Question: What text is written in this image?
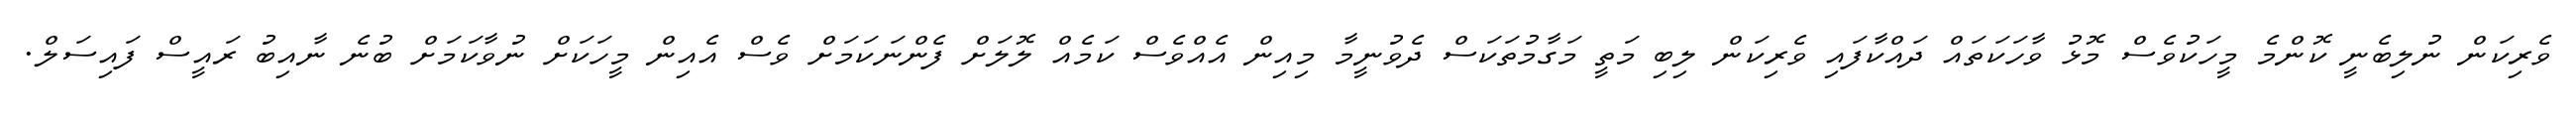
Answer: ވެރިކަން ނުލިބެނީ ކޮންމެ މީހަކުވެސް މޮޅު ވާހަކަތައް ދައްކާފައި ވެރިކަން ލިބި މަތީ މަގާމުތަކަސް ދެވުނީމާ މިއިން އެއްވެސް ކަމެއް ލޮލަށް ފެންނަކަމަށް ވެސް އެއިން މީހަކަށް ނުވާކަމަށް ބުނެ ނާއިބު ރައީސް ފައިސަލް.